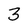
Character: 3